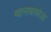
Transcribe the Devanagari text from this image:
ग्वानाबाकोआ